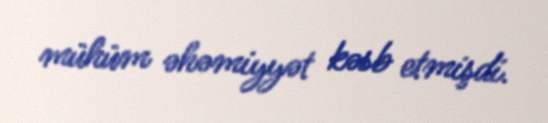
mühüm əhəmiyyət kəsb etmişdi.